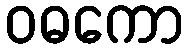
ဝဓကော